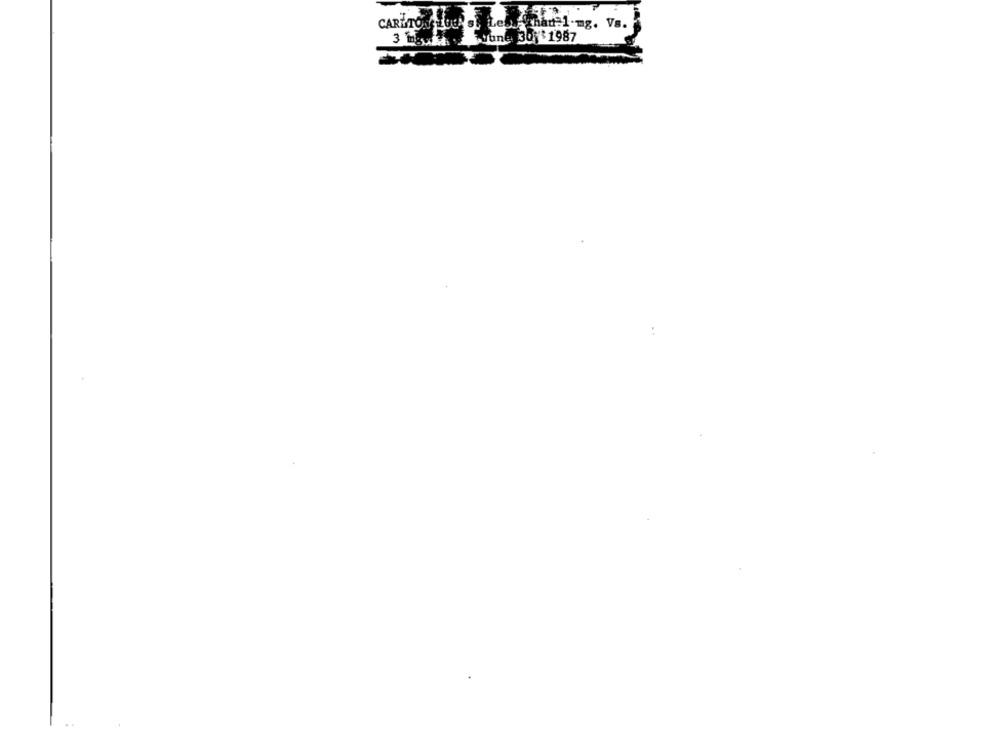
CARTON LOCAL Less Than 1-mg. Vs.
3 mgxli vone. 301 1987